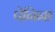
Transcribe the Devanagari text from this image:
पेनिना